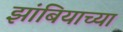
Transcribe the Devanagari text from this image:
झांबियाच्या